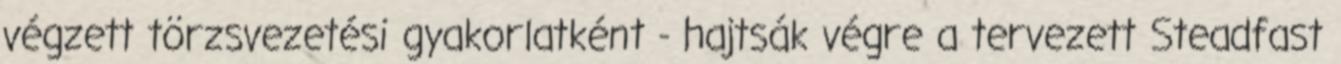
végzett törzsvezetési gyakorlatként - hajtsák végre a tervezett Steadfast